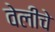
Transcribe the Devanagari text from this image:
वेलीचे